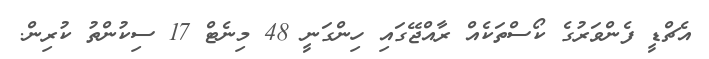
އެޗްޑީ ފެންވަރުގެ ކޯސްތަކެއް ރާއްޖޭގައި ހިންގަނީ 48 މިނެޓް 17 ސިކުންތު ކުރިން.